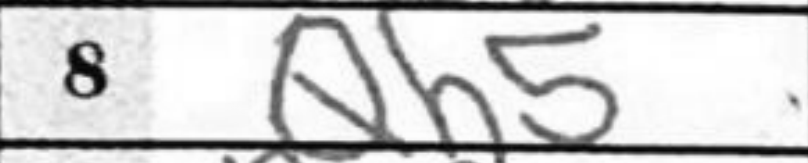
Transcription: Qh5